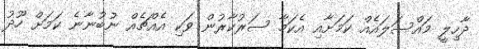
ދާހިލީ މައްސަލައެއް ކަމަށާއި އެކަމާ ސަރުކާރުން ވަކި އެއްޗެއް ނުބުނާނެ ކަމަށް ހޫދު